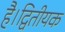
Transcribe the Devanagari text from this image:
है।द्वितीयक